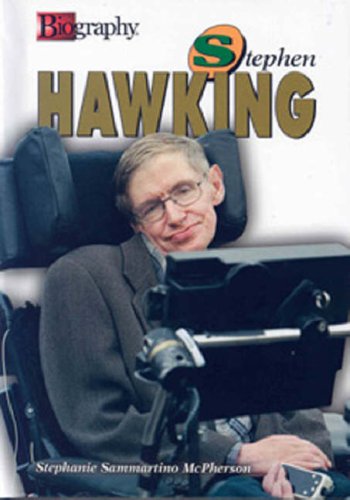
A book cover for Stephen Hawking (Biography (Lerner Hardcover)); Stephanie Sammartino McPherson; Teen & Young Adult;